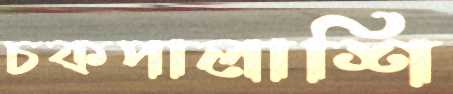
চকপালাশি